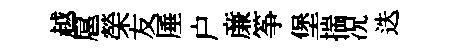
越扈榮友厜户亷筝堡揣况迭